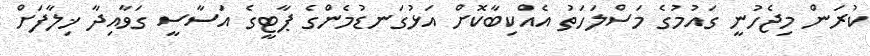
ކުރަން މިޖެހުނީ ގައުމުގެ މަސްލަހަތު އެއްކިބާކޮށް އަޅުގަނޑުމެންގެ ޕާޓީގެ އަސާސީ ގަވާއިދާ ޚިލާފަށް